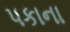
પકાના